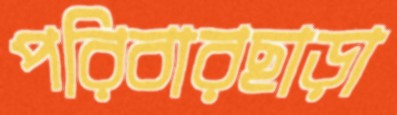
পরিবারছাড়া